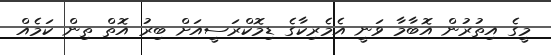
މީގެ އިތުރުން އޮބާމާ ވަނީ އެމެރިކާގެ ޑިމޮކްރަސީއަށް ބިރު އޮތް ތިން ކަމެއް